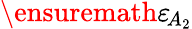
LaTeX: \ensuremath{\varepsilon}_{\! A_{2}}